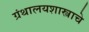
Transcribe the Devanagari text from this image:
ग्रंथालयशास्त्राचे